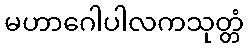
မဟာဂေါပါလကသုတ္တံ